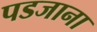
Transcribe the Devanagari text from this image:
पडजाना